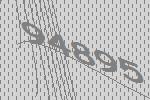
94895